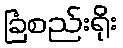
ခြံစည်းရိုး